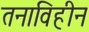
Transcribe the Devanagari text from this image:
तनाविहीन